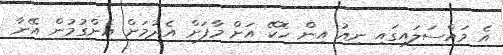
އެ މައްސަލައިގައި ނިއު އިން ހޮކޭ އަށް މާފަށް އެދުމަށް އެންގުމުން އޭނާ